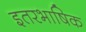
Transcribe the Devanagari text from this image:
इतरभाषिक